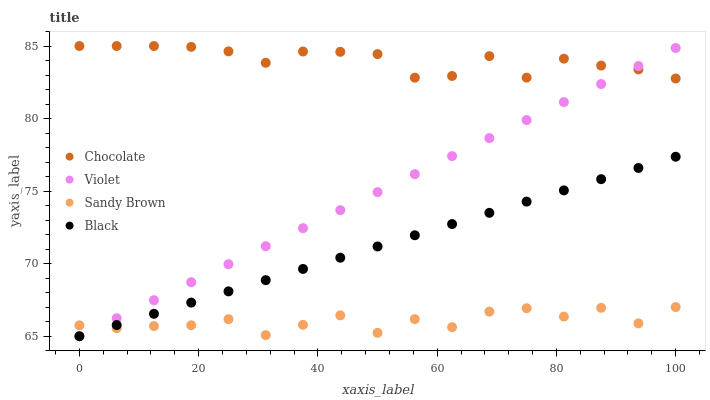
| xaxis_label | Chocolate | Violet | Sandy Brown | Black |
 | --- | --- | --- | --- | --- |
 | 0 | 85 | 65 | 65.8 | 65 |
 | 6.25 | 85 | 66.2 | 65.6 | 65.8 |
 | 12.5 | 85 | 67.5 | 65.7 | 66.5 |
 | 18.8 | 84.9 | 68.7 | 65.8 | 67.3 |
 | 25 | 84.6 | 70 | 66.2 | 68.1 |
 | 31.2 | 83.8 | 71.2 | 65.1 | 68.9 |
 | 37.5 | 84.6 | 72.4 | 65.8 | 69.6 |
 | 43.8 | 84.6 | 73.7 | 66.4 | 70.4 |
 | 50 | 84.4 | 74.9 | 65.2 | 71.2 |
 | 56.2 | 82.8 | 76.2 | 66.2 | 72 |
 | 62.5 | 82.9 | 77.4 | 65.6 | 72.7 |
 | 68.8 | 84.3 | 78.7 | 66.7 | 73.5 |
 | 75 | 82.8 | 79.9 | 66.9 | 74.3 |
 | 81.2 | 84.1 | 81.1 | 66.4 | 75.1 |
 | 87.5 | 83.7 | 82.4 | 67 | 75.8 |
 | 93.8 | 83.4 | 83.6 | 65.9 | 76.6 |
 | 100 | 82.8 | 84.9 | 67 | 77.4 |